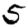
Digit: 5